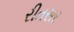
રીતસર